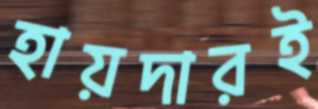
হায়দারই